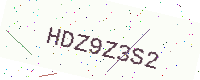
Text: HDZ9Z3S2